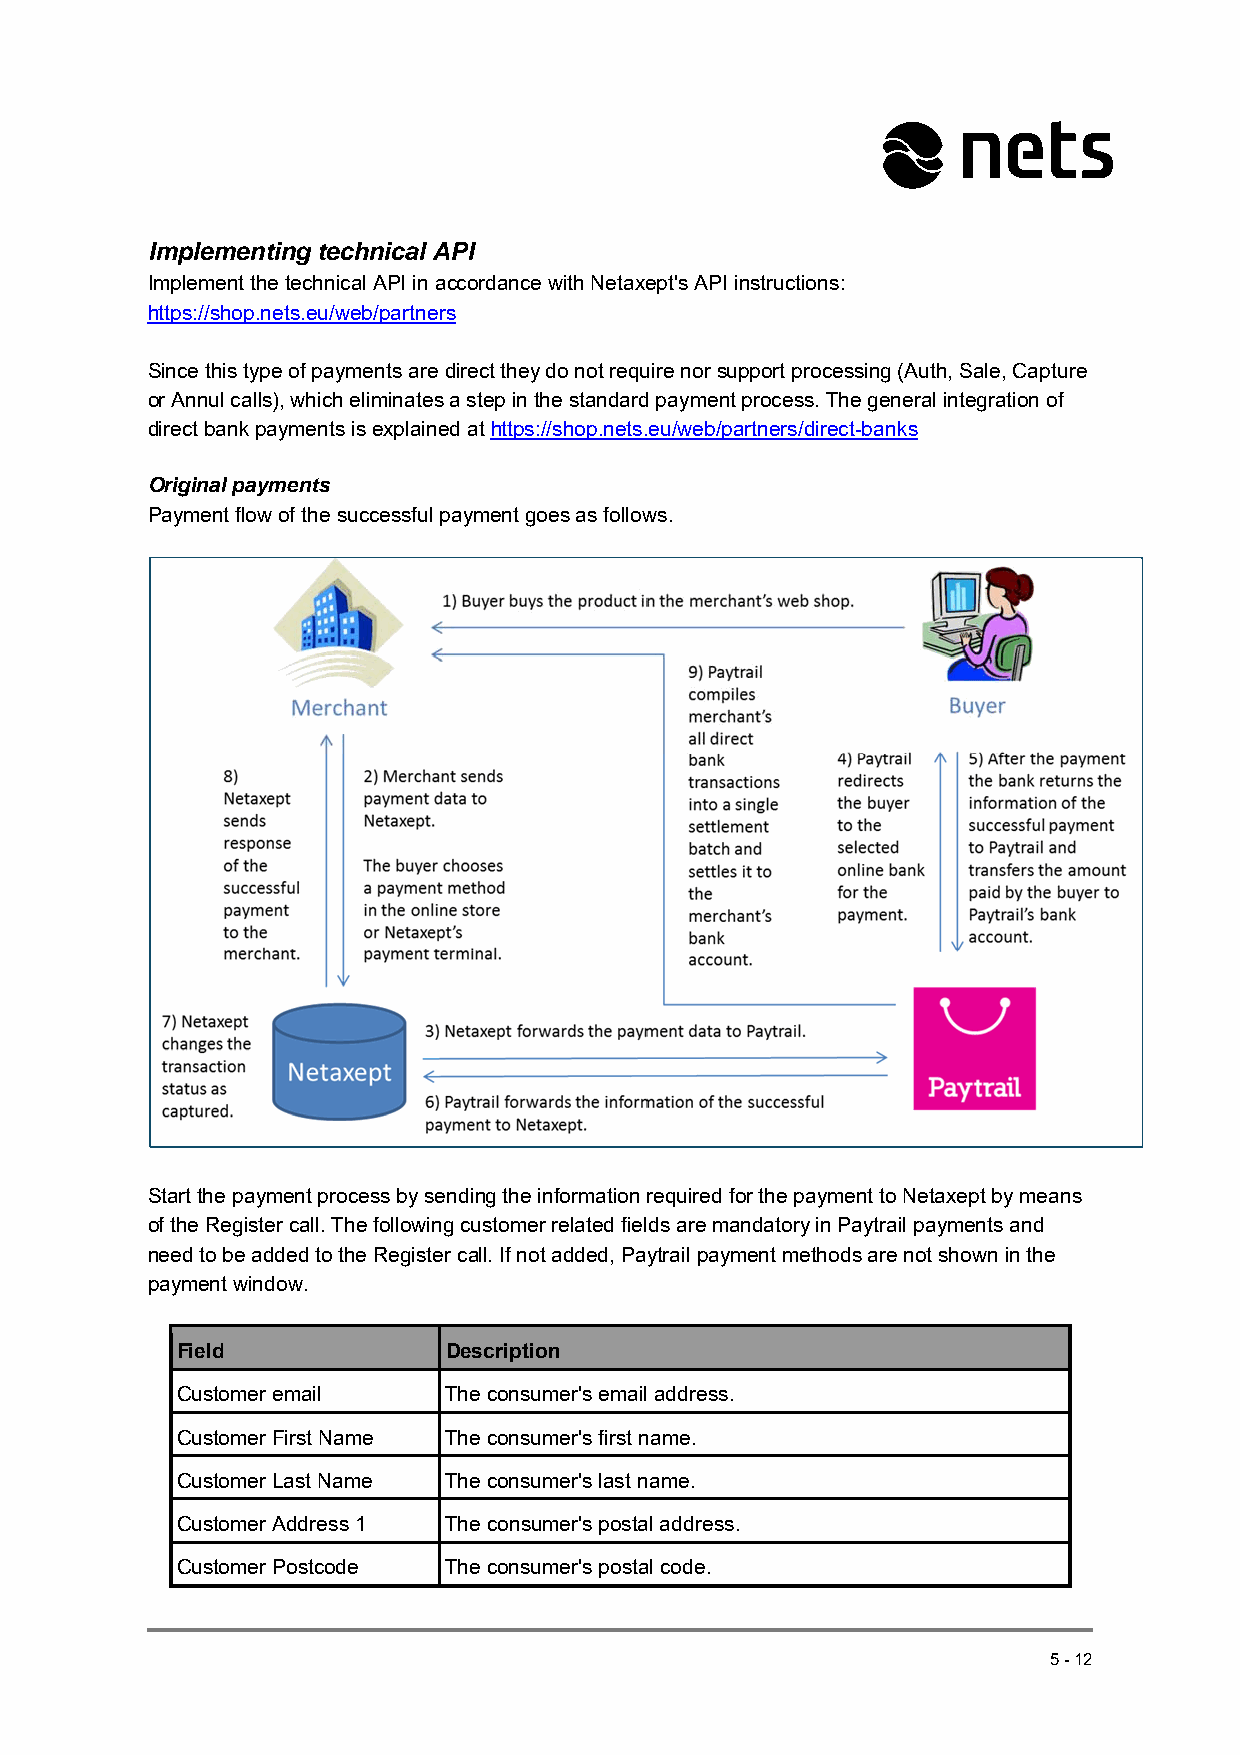
Implementing technical API
 Implement the technical API in accordance with Netaxept's API instructions:
 https://shop.nets.eu/web/partners
 Since this type of payments are direct they do not require nor support processing (Auth, Sale, Capture
 or Annul calls), which eliminates a step in the standard payment process. The general integration of
 direct bank payments is explained at https://shop.nets.eu/web/partners/direct-banks
 Original payments
 Payment flow of the successful payment goes as follows.
 Start the payment process by sending the information required for the payment to Netaxept by means
 of the Register call. The following customer related fields are mandatory in Paytrail payments and
 need to be added to the Register call. If not added, Paytrail payment methods are not shown in the
 payment window.
 Field            Description
 Customer email   The consumer's email address.
 Customer First Name The consumer's first name.
 Customer Last Name The consumer's last name.
 Customer Address 1 The consumer's postal address.
 Customer Postcode The consumer's postal code.
 5-12